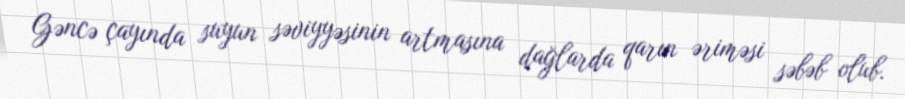
Gəncə çayında suyun səviyyəsinin artmasına dağlarda qarın əriməsi səbəb olub.